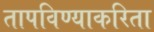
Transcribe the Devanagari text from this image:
तापविण्याकरिता